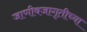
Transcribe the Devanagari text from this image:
जाणीवजागृतीच्या